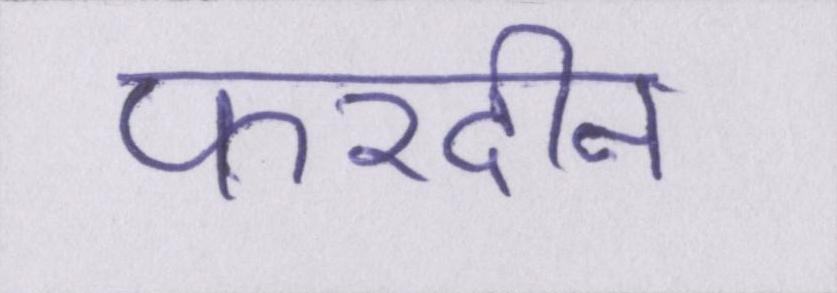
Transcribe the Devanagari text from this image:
फरदीन